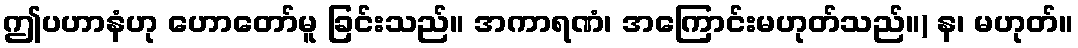
ဤပဟာနံဟု ဟောတော်မူ ခြင်းသည်။ အကာရဏံ၊ အကြောင်းမဟုတ်သည်။) န၊ မဟုတ်။